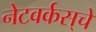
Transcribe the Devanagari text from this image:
नेटवर्कस्‌चे